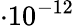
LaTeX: \cdot 10^{-12}